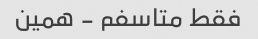
فقط متاسفم - همین